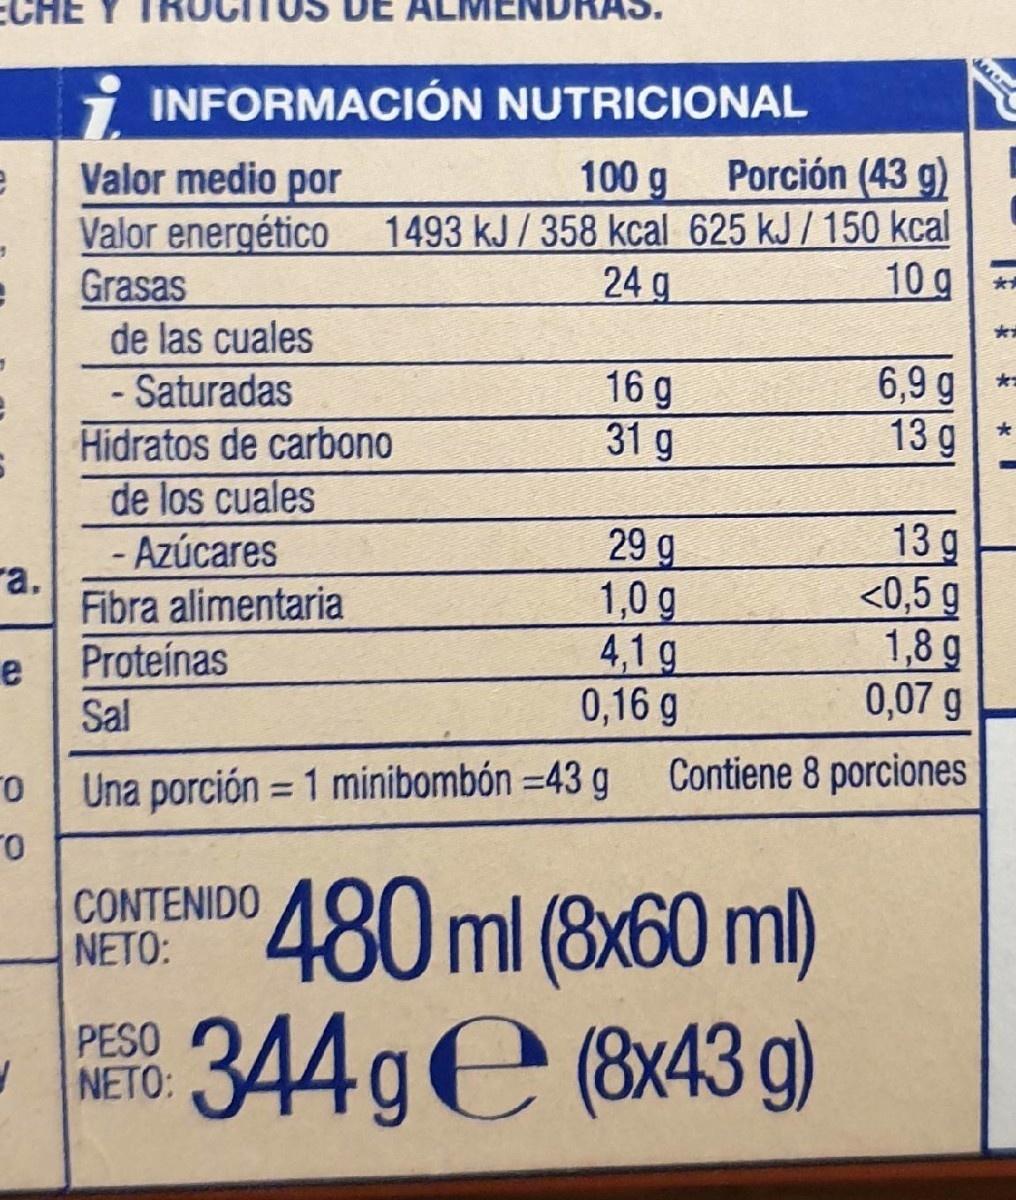
ЕCHE
i INFORMACIÓN NUTRICIONAL
100 g
Porción (43 g)
Valor medio por Valor energético Grasas de las cuales
1493 kJ/358 kcal 625 kJ/150 kcal 10 g
24 g
- Saturadas Hidratos de carbono de los cuales
16 g 31 g
6,9 g 13 g*
29 g 1,0 g 4,1g 0,16 g
13 g <0,5 g 1,8 g 0,07 g
- Azúcares ra. Fibra alimentaria
Proteínas
e Sal
Una porción = 1 minibombón =43 g
Contiene 8 porciones
480ml (8x60 ml) 344ge&x43 g)
CONTENIDO NETO:
PESO NETO: